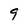
Character: 9